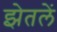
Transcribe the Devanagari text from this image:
झेतलें